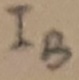
Text: IB